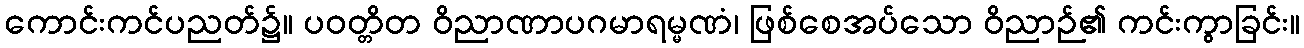
ကောင်းကင်ပညတ်၌။ ပဝတ္တိတ ဝိညာဏာပဂမာရမ္မဏံ၊ ဖြစ်စေအပ်သော ဝိညာဉ်၏ ကင်းကွာခြင်း။